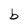
Character: b